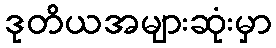
ဒုတိယအများဆုံးမှာ